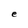
Character: e